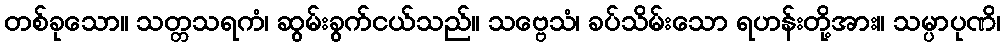
တစ်ခုသော။ သတ္တသရကံ၊ ဆွမ်းခွက်ငယ်သည်။ သဗ္ဗေသံ၊ ခပ်သိမ်းသော ရဟန်းတို့အား။ သမ္ပာပုဏိ၊